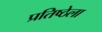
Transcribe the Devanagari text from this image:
प्रतिष्ठेला